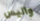
واليس